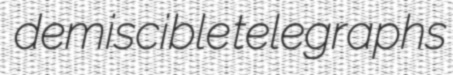
demiscible telegraphs